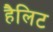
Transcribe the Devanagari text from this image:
हैलिट